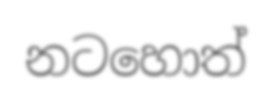
නටහොත්